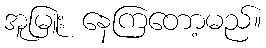
အူမြူး နေကြတော့မည်။